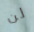
لن